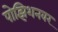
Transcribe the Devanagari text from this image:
पोझिशनवर